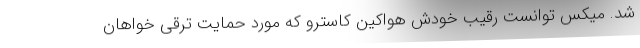
شد. میکس توانست رقیب خودش هواکین کاسترو که مورد حمایت ترقی خواهان